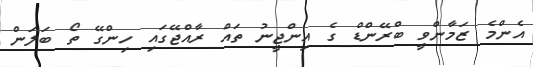
އެންމެ ޒަމާންވީ ބްރޭންޑް ގެ އިންޖީނު ތައް ރާއްޖޭގައި ހިންގޭ ތޯ ބަލަން